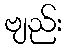
ဗျည်း